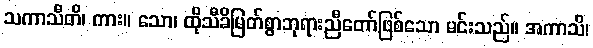
သကာသီတိ၊ ကား။ သော၊ ထိုသီခိမြတ်စွာဘုရားညီတော်ဖြစ်သော မင်းသည်။ အကာသိ၊